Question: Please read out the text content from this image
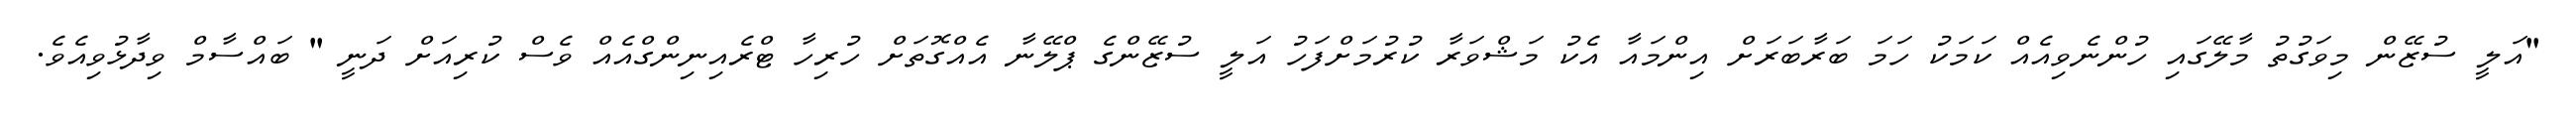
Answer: "އަލީ ސުޒޭން މިވަގުތު މާލޭގައި ހުންނެވިއެއް ކަމަކު ހަމަ ބަރާބަރަށް އިންމައާ އެކު މަޝްވަރާ ކުރުމަށްފަހު އަލީ ސުޒޭންގެ ޕްލޭނާ އެއްގޮތަށް ހުރިހާ ޓްރެއިނިންގްއެއް ވެސް ކުރިއަށް ދަނީ " ބައްސާމް ވިދާޅުވިއެވެ.